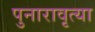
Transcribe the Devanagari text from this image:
पुनारावृत्या